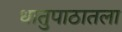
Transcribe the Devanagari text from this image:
धातुपाठातला